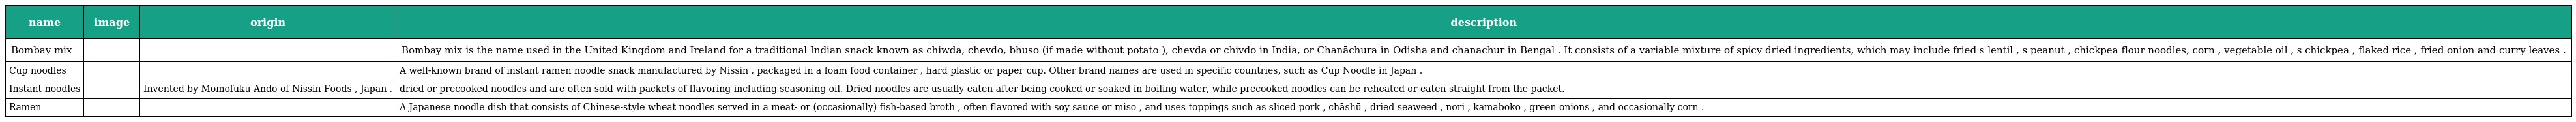
| name | image | origin | description |
 | --- | --- | --- | --- |
 | Bombay mix |  |  | Bombay mix is the name used in the United Kingdom and Ireland for a traditional Indian snack known as chiwda, chevdo, bhuso (if made without potato ), chevda or chivdo in India, or Chanāchura in Odisha and chanachur in Bengal . It consists of a variable mixture of spicy dried ingredients, which may include fried s lentil , s peanut , chickpea flour noodles, corn , vegetable oil , s chickpea , flaked rice , fried onion and curry leaves . |
 | Cup noodles |  |  | A well-known brand of instant ramen noodle snack manufactured by Nissin , packaged in a foam food container , hard plastic or paper cup. Other brand names are used in specific countries, such as Cup Noodle in Japan . |
 | Instant noodles |  | Invented by Momofuku Ando of Nissin Foods , Japan . | dried or precooked noodles and are often sold with packets of flavoring including seasoning oil. Dried noodles are usually eaten after being cooked or soaked in boiling water, while precooked noodles can be reheated or eaten straight from the packet. |
 | Ramen |  |  | A Japanese noodle dish that consists of Chinese-style wheat noodles served in a meat- or (occasionally) fish-based broth , often flavored with soy sauce or miso , and uses toppings such as sliced pork , chāshū , dried seaweed , nori , kamaboko , green onions , and occasionally corn . |